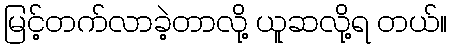
မြင့်တက်လာခဲ့တာလို့ ယူဆလို့ရ တယ်။